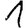
Digit: 1